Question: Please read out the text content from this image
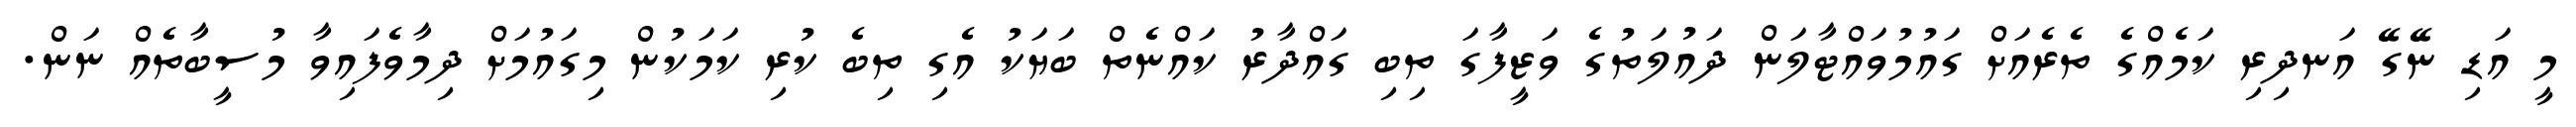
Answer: މީ އަޑި ނޭގޭ އަނދިރި ކަމެއްގެ ތެރެއަށް ގައުމުވައްޓާލަން ދައުލަތުގެ ވަޒީފާގަ ތިބި ގައްދާރު ކައްނެތް ބަޔަކު އެގި ތިބެ ކުރި ކަމަކުން މިގައުމަށް ދިމާވެފައިވާ މުސީބާތެއް ނަން.